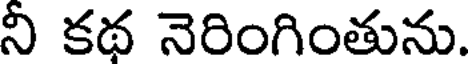
నీ కథ నెరింగింతును.